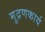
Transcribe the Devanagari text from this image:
मुद्रणकार्य